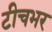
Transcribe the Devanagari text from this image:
टीचभर